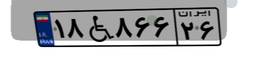
۱۸W۸۶۶۲۶